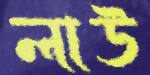
লাউ